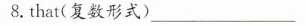
8.that(复数形式) ___